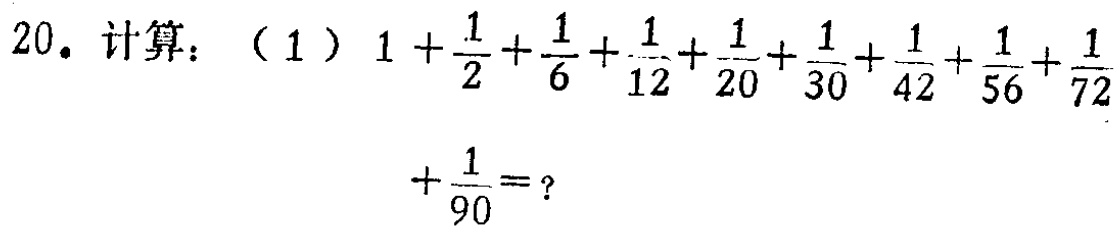
20. 计算：（1）\(1+\frac{1}{2}+\frac{1}{6}+\frac{1}{12}+\frac{1}{20}+\frac{1}{30}+\frac{1}{42}+\frac{1}{56}+\frac{1}{72}+\frac{1}{90}=?\)